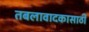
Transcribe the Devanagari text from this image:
तबलावादकासाठी